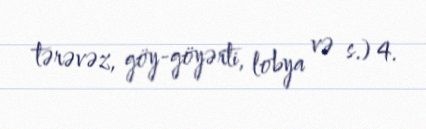
tərəvəz, göy-göyərti, lobya və s.) 4.